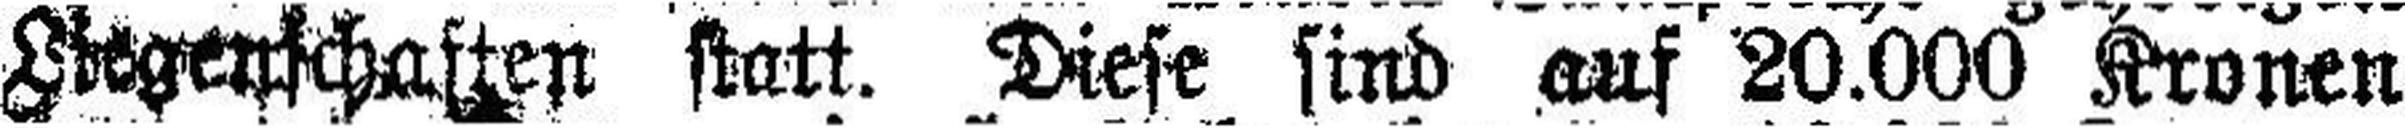
Liegenschaften statt. Diese sind auf 20.000 Kronen